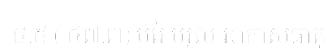
៨.៥ ( ៤៧.៣) បំរែ បំរូល អាកាសធាតុ